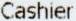
CASHIER